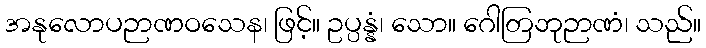
အနုလောပဉာဏဝသေန၊ ဖြင့်။ ဥပ္ပန္နံ၊ သော။ ဂေါတြဘုဉာဏံ၊ သည်။